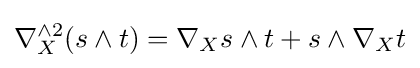
\nabla _{X}^{\wedge 2}(s\wedge t)=\nabla _{X}s\wedge t+s\wedge \nabla _{X}t